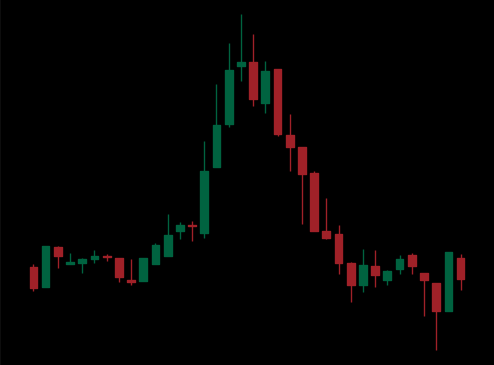
Pattern: head_shoulders